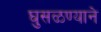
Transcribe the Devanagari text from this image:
घुसळण्याने